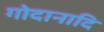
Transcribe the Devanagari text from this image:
गोदानादि